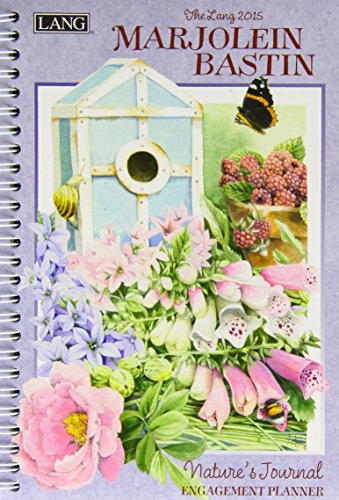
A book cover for Marjolein Bastin Nature's Journal 2015 Planner; Calendars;